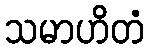
သမာဟိတံ